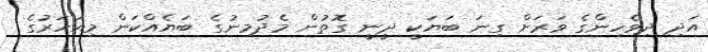
އަދި ދިވެހިންގެ ވަރަށް ގިނަ ބަޔަކީ ދީނީ ގޮތުން މެދުމިނުގެ ބަޔެއްކަން މިއަހަރުގެ